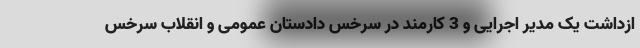
ازداشت یک مدیر اجرایی و 3 کارمند در سرخس دادستان عمومی و انقلاب سرخس